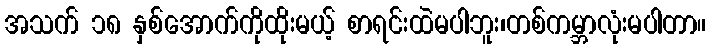
အသက် ၁၈ နှစ်အောက်ကိုထိုးမယ့် စာရင်းထဲမပါဘူး၊တစ်ကမ္ဘာလုံးမပါတာ။